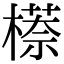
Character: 𬄠